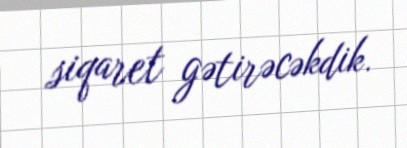
siqaret gətirəcəkdik.